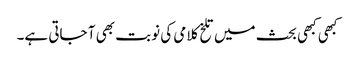
کبھی کبھی بحث میں تلخ کلامی کی نوبت بھی آ جاتی ہے۔